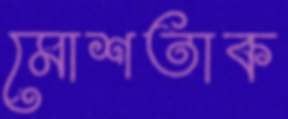
মোশতাক